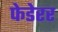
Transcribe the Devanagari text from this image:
फेडेरर